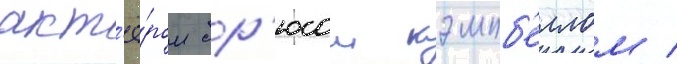
акт'ё́ром бр'юсом кэмпб'еллом /